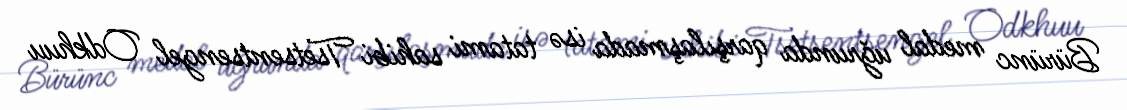
Bürünc medal uğrunda qarşılaşmada isə tatami sahibi Tsetsentsengel Odkhuu